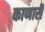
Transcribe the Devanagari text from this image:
काणारी